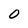
Character: 0